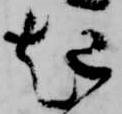
起